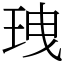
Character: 𤤺